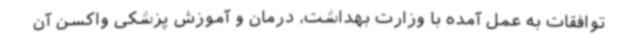
توافقات به عمل آمده با وزارت بهداشت، درمان و آموزش پزشکی واکسن آن